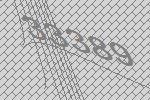
33389